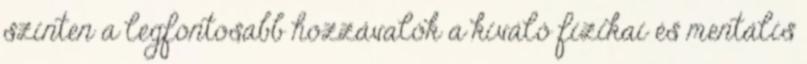
szinten a legfontosabb hozzávalók a kiváló fizikai és mentális